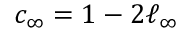
c _ { \infty } = 1 - 2 \ell _ { \infty }